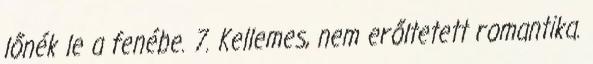
lőnék le a fenébe. 7. Kellemes, nem erőltetett romantika.